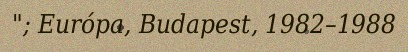
"; Európa, Budapest, 1982–1988